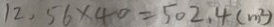
1 2 , 5 6 \times 4 0 = 5 0 2 . 4 ( m ^ { 2 } )